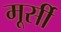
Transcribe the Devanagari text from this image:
मूर्सी